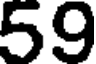
59